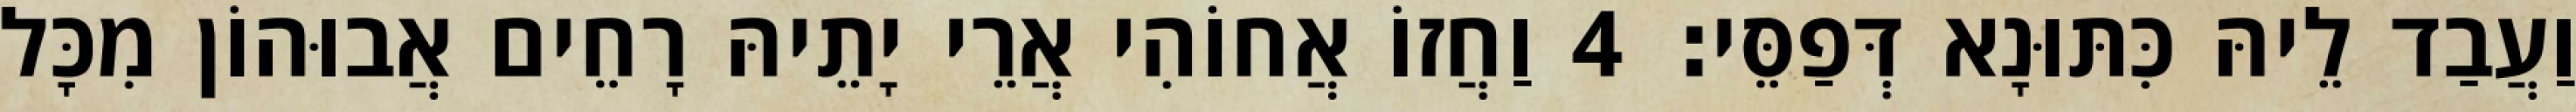
וַעֲבַד לֵיהּ כִּתּוּנָא דְּפַסֵּי׃ 4 וַחֲזוֹ אֲחוֹהִי אֲרֵי יָתֵיהּ רָחֵים אֲבוּהוֹן מִכָּל